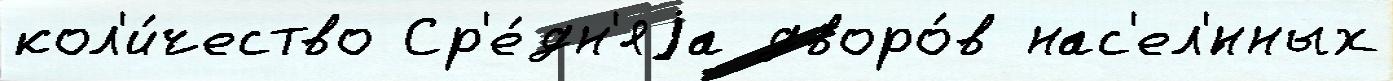
кол'и́чество Ср'е́дн'яjа дворо́в нас'ел'́нных